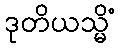
ဒုတိယသ္မိံ